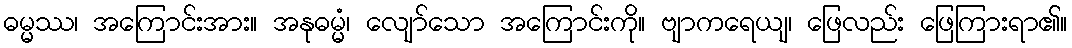
ဓမ္မဿ၊ အကြောင်းအား။ အနုဓမ္မံ၊ လျော်သော အကြောင်းကို။ ဗျာကရေယျ၊ ဖြေလည်း ဖြေကြားရာ၏။